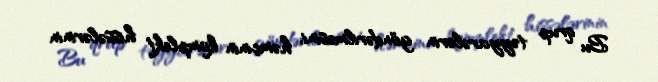
Bu qrup təyyarələrin göndərilməsini, həmçinin komplekt hissələrinin